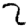
Digit: 3